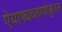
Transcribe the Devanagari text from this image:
ऐयाफ्यथ्लायोकुथ्ल